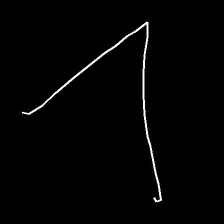
Glyph: region